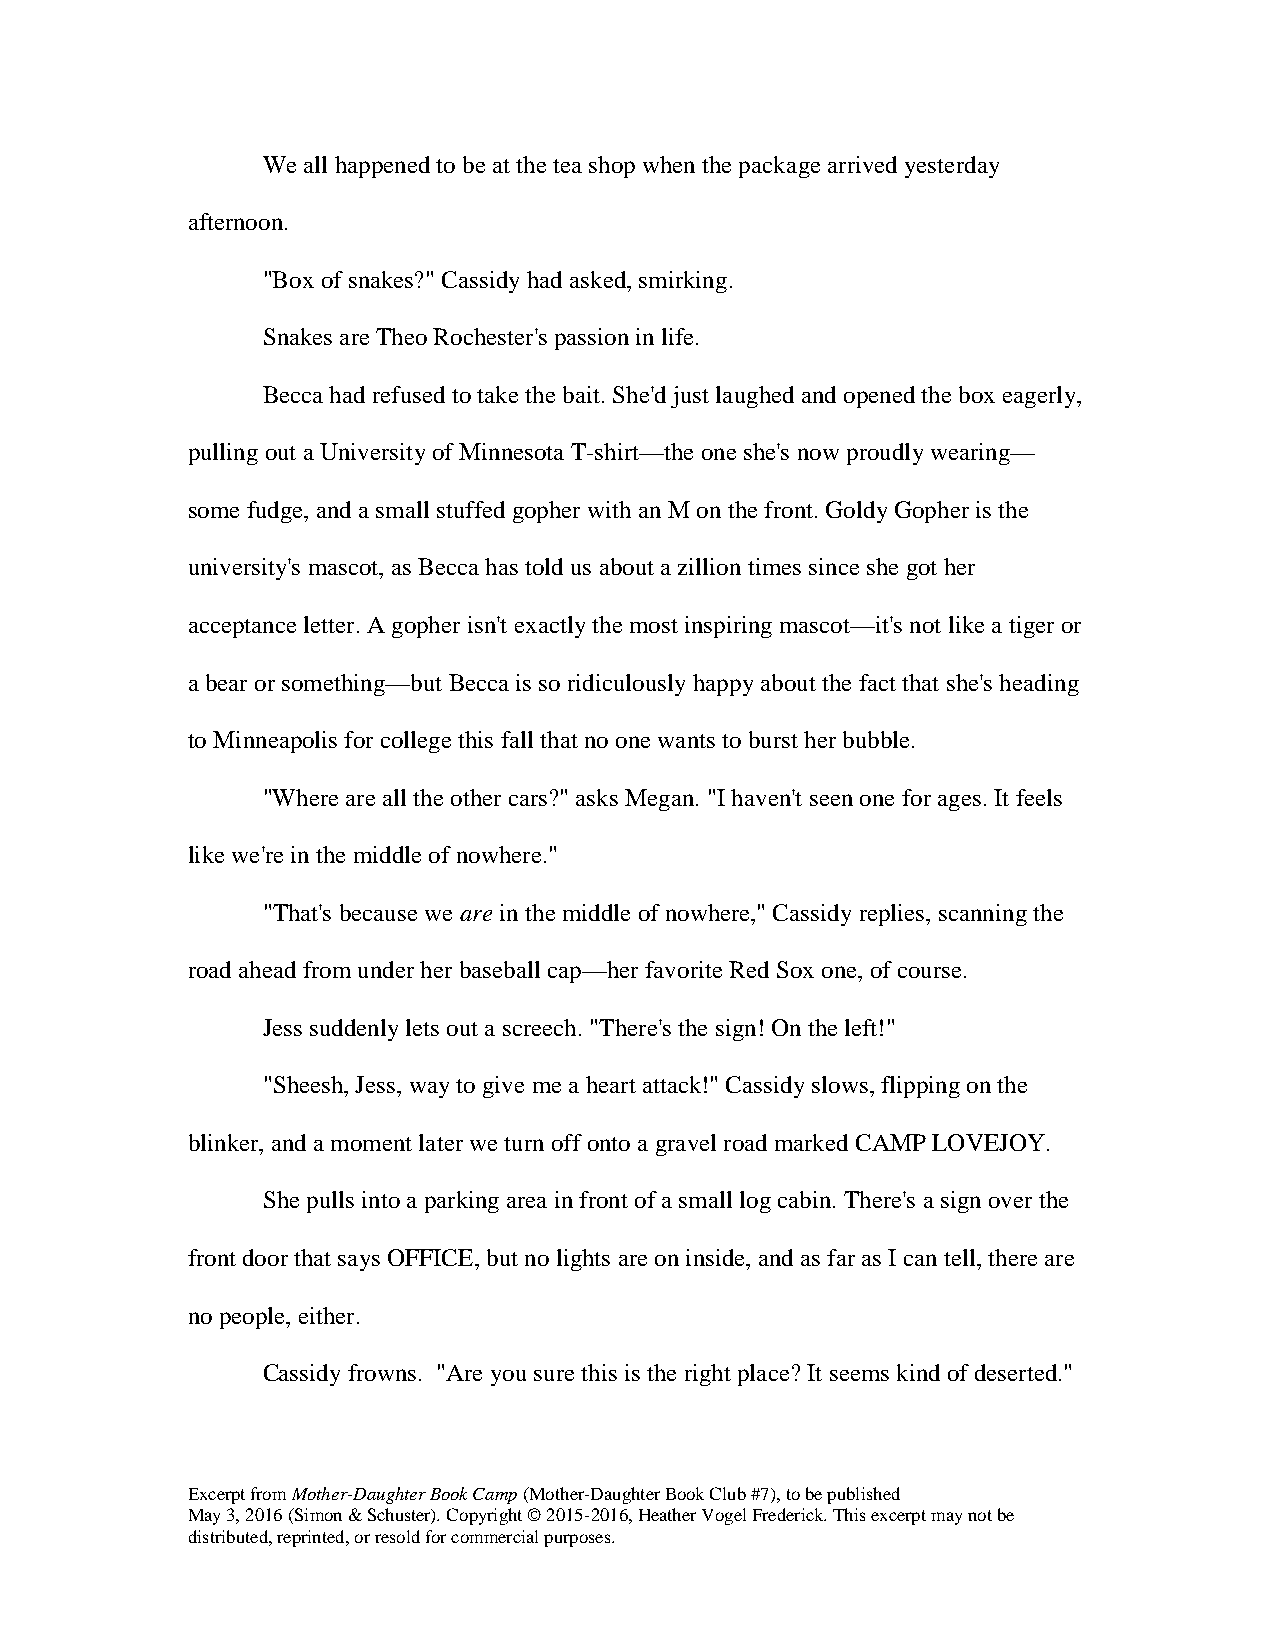
We all happened to be at the tea shop when the package arrived yesterday
 afternoon.
 "Box of snakes?" Cassidy had asked, smirking.
 Snakes are Theo Rochester's passion in life.
 Becca had refused to take the bait. She'd just laughed and opened the box eagerly,
 pulling out a University of Minnesota T-shirt—the one she's now proudly wearing—
 some fudge, and a small stuffed gopher with an M on the front. Goldy Gopher is the
 university's mascot, as Becca has told us about a zillion times since she got her
 acceptance letter. A gopher isn't exactly the most inspiring mascot—it's not like a tiger or
 a bear or something—but Becca is so ridiculously happy about the fact that she's heading
 to Minneapolis for college this fall that no one wants to burst her bubble.
 "Where are all the other cars?" asks Megan. "I haven't seen one for ages. It feels
 like we're in the middle of nowhere."
 "That's because we are in the middle of nowhere," Cassidy replies, scanning the
 road ahead from under her baseball cap—her favorite Red Sox one, of course.
 Jess suddenly lets out a screech. "There's the sign! On the left!"
 "Sheesh, Jess, way to give me a heart attack!" Cassidy slows, flipping on the
 blinker, and a moment later we turn off onto a gravel road marked CAMP LOVEJOY.
 She pulls into a parking area in front of a small log cabin. There's a sign over the
 front door that says OFFICE, but no lights are on inside, and as far as I can tell, there are
 no people, either.
 Cassidy frowns. "Are you sure this is the right place? It seems kind of deserted."
 Excerpt from Mother-Daughter Book Camp (Mother-Daughter Book Club #7), to be published
 May 3, 2016 (Simon & Schuster). Copyright © 2015-2016, Heather Vogel Frederick. This excerpt may not be
 distributed, reprinted, or resold for commercial purposes.